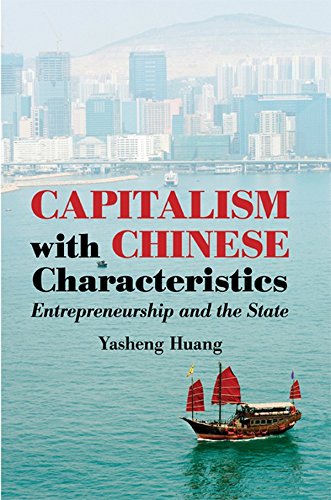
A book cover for Capitalism with Chinese Characteristics: Entrepreneurship and the State; Yasheng Huang; Business & Money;